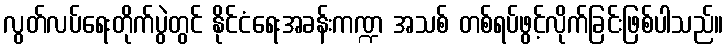
လွတ်လပ်ရေးတိုက်ပွဲတွင် နိုင်ငံရေးအခန်းကဏ္ဍ အသစ် တစ်ရပ်ဖွင့်လိုက်ခြင်းဖြစ်ပါသည်။